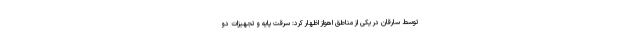
توسط سارقان در یکی از مناطق اهواز اظهار کرد: سرقت پایه و تجهیزات دو